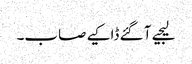
لیجیے آ گئے ڈاکیے صاب۔